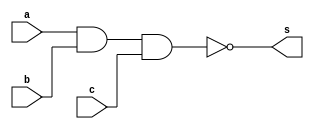
// Guia 02
// Nome: Raphaela Fernanda Silva




// PORTANAND

module PORTANAND (s, a, b, c);
output s;
input a, b, c;

assign s = ~( a & b & c);

endmodule




module testeNAND;
reg a, b, c;
wire s1, s2, s3, s;
                               // SE POSSIVEL, DEFINIR EM OUTRO MODULO
PORTANAND NAND1(s1, a, a, a);
PORTANAND NAND2(s2, b, b, b);
PORTANAND NAND3(s3, c, c, c);
PORTANAND NAND4(s, s1, s2, s3);
 
initial begin:start

 a=0; b=0; c=0;
 
 end
 
 
 
 initial begin : main
 
 $display("Guia 02 - Raphaela Fernanda Silva - 420141");
 $display("Teste PORTANAND");
 $display("a | b | c = s");
 $monitor("%b   %b   %b = %b", a, b, c, s);
 
  #1  a=0; b=0; c=1;
  #1  a=0; b=1; c=0;
  #1  a=0; b=1; c=1;
  #1  a=1; b=0; c=0;
  #1  a=1; b=0; c=1;
  #1  a=1; b=1; c=0;
  #1  a=1; b=1; c=1;

 
 end
 
 endmodule